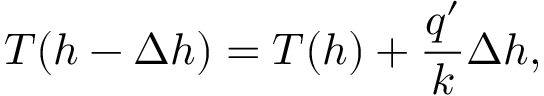
T ( h - \Delta h ) = T ( h ) + \frac { q ^ { \prime } } { k } \Delta h ,